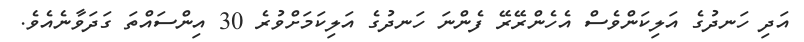
އަދި ހަނދުގެ އަލިކަންވެސް އެހެންރޭރޭ ފެންނަ ހަނދުގެ އަލިކަމަށްވުރެ 30 އިންސައްތަ ގަދަވާނެއެވެ.